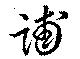
誧